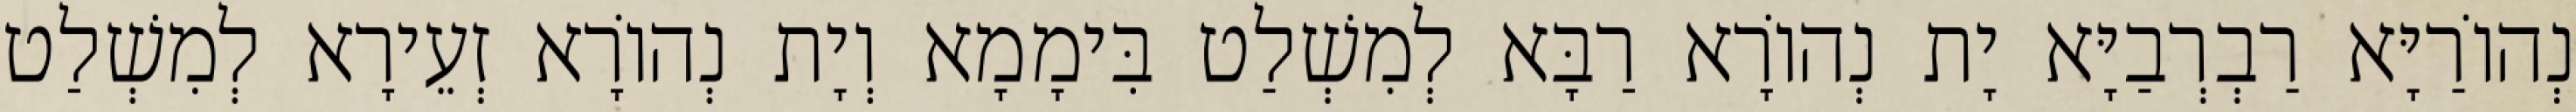
נְהוֹרַיָּא רַבְרְבַיָּא יָת נְהוֹרָא רַבָּא לְמִשְׁלַט בִּימָמָא וְיָת נְהוֹרָא זְעֵירָא לְמִשְׁלַט